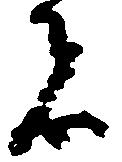
者